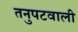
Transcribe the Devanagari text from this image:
तनुपटवाली